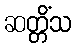
ဆတ္တိံသ